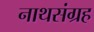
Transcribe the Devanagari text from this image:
नाथसंग्रह